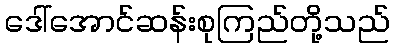
ဒေါ်အောင်ဆန်းစုကြည်တို့သည်